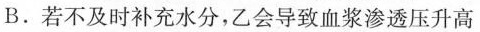
B.若不及时补充水分，乙会导致血浆渗透压升高